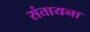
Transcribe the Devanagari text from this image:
संतायना